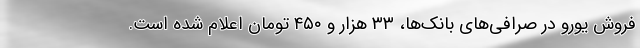
فروش یورو در صرافی‌های بانک‌ها، ۳۳ هزار و ۴۵۰ تومان اعلام شده است.